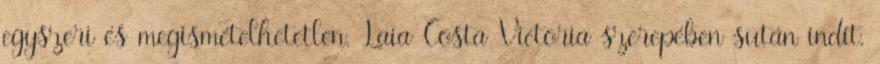
egyszeri és megismételhetetlen. Laia Costa Victoria szerepében sután indít,